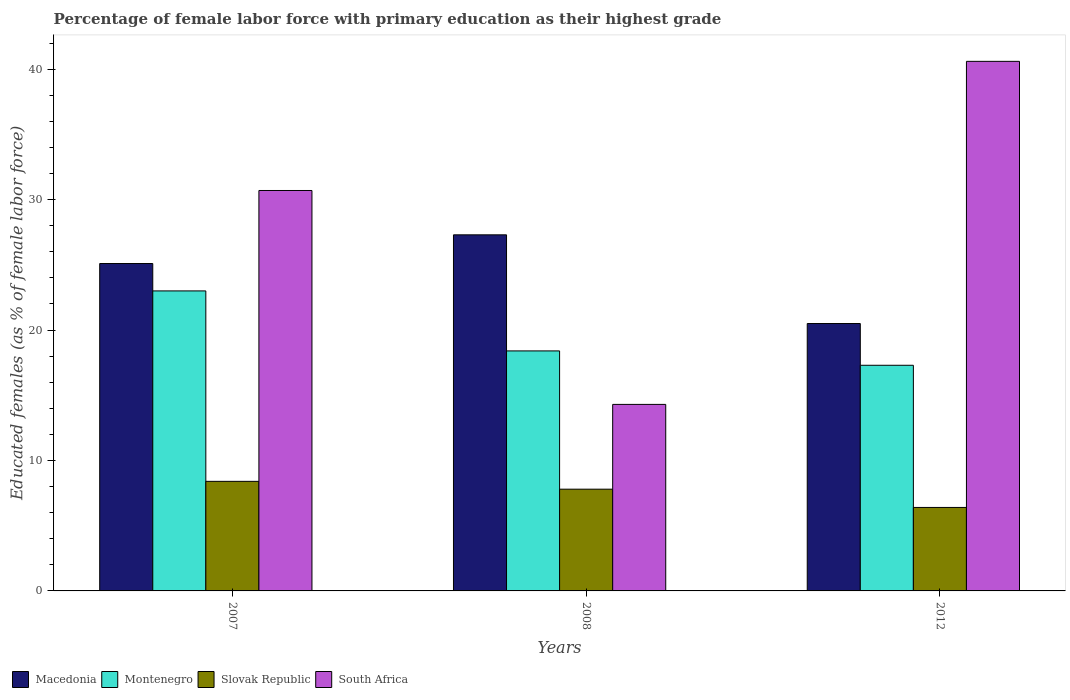
| Years | Macedonia | Montenegro | Slovak Republic | South Africa |
 | --- | --- | --- | --- | --- |
 | 2007 | 25.1 | 23 | 8.4 | 30.7 |
 | 2008 | 27.3 | 18.4 | 7.8 | 14.3 |
 | 2012 | 20.5 | 17.3 | 6.4 | 40.6 |